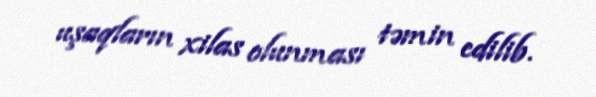
uşaqların xilas olunması təmin edilib.